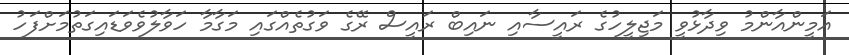
އަމީންއާންމު ވިދާޅުވީ މަޖިލީހުގެ ރައީސާއި ނައިބް ރައީސް ރޭގެ ވަގުތެއްގައި މަގާމާ ހަވާލުވެވަޑައިގަތުމަށްފަހު